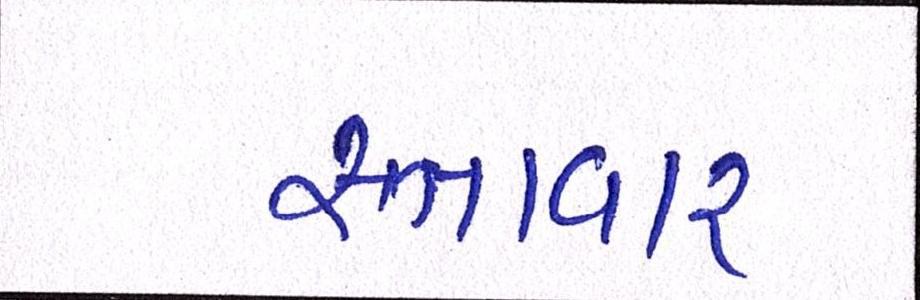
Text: સત્તાવાર